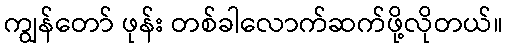
ကျွန်တော် ဖုန်း တစ်ခါလောက်ဆက်ဖို့လိုတယ်။